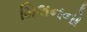
મિલનનો